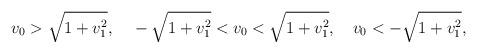
LaTeX: \begin{align*}v_0>\sqrt{1+v_1^2},~~~-\sqrt{1+v_1^2}<v_0<\sqrt{1+v_1^2},~~~ v_0<-\sqrt{1+v_1^2},\end{align*}